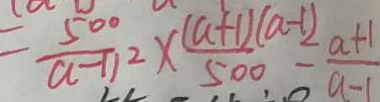
= \frac { 5 0 0 } { a - 1 ) ^ { 2 } } \times \frac { ( a + 1 ) ( a - 1 ) } { 5 0 0 } = \frac { a + 1 } { a - 1 }